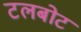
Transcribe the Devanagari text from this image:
टलबोट